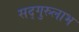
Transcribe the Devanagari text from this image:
सद्‌गुरुलाभ